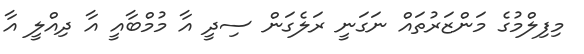
މިފިލްމުގެ މަންޒަރުތައް ނަގަނީ ރަލެގަން ސިދީ އާ މުމްބާއީ އާ ދިއްލީ އާ